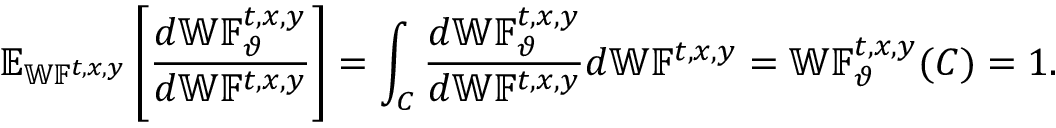
\mathbb { E } _ { \mathbb { W F } ^ { t , x , y } } \left[ \frac { d \mathbb { W F } _ { \vartheta } ^ { t , x , y } } { d \mathbb { W F } ^ { t , x , y } } \right] = \int _ { C } \frac { d \mathbb { W F } _ { \vartheta } ^ { t , x , y } } { d \mathbb { W F } ^ { t , x , y } } d \mathbb { W F } ^ { t , x , y } = \mathbb { W F } _ { \vartheta } ^ { t , x , y } ( C ) = 1 .